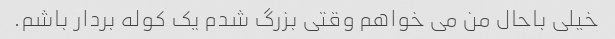
خیلی باحال من می خواهم وقتی بزرگ شدم یک کوله بردار باشم.